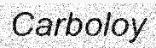
Carboloy